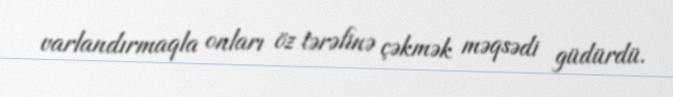
varlandırmaqla onları öz tərəfinə çəkmək məqsədi güdürdü.